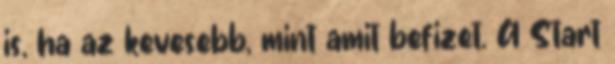
is, ha az kevesebb, mint amit befizet. A Start